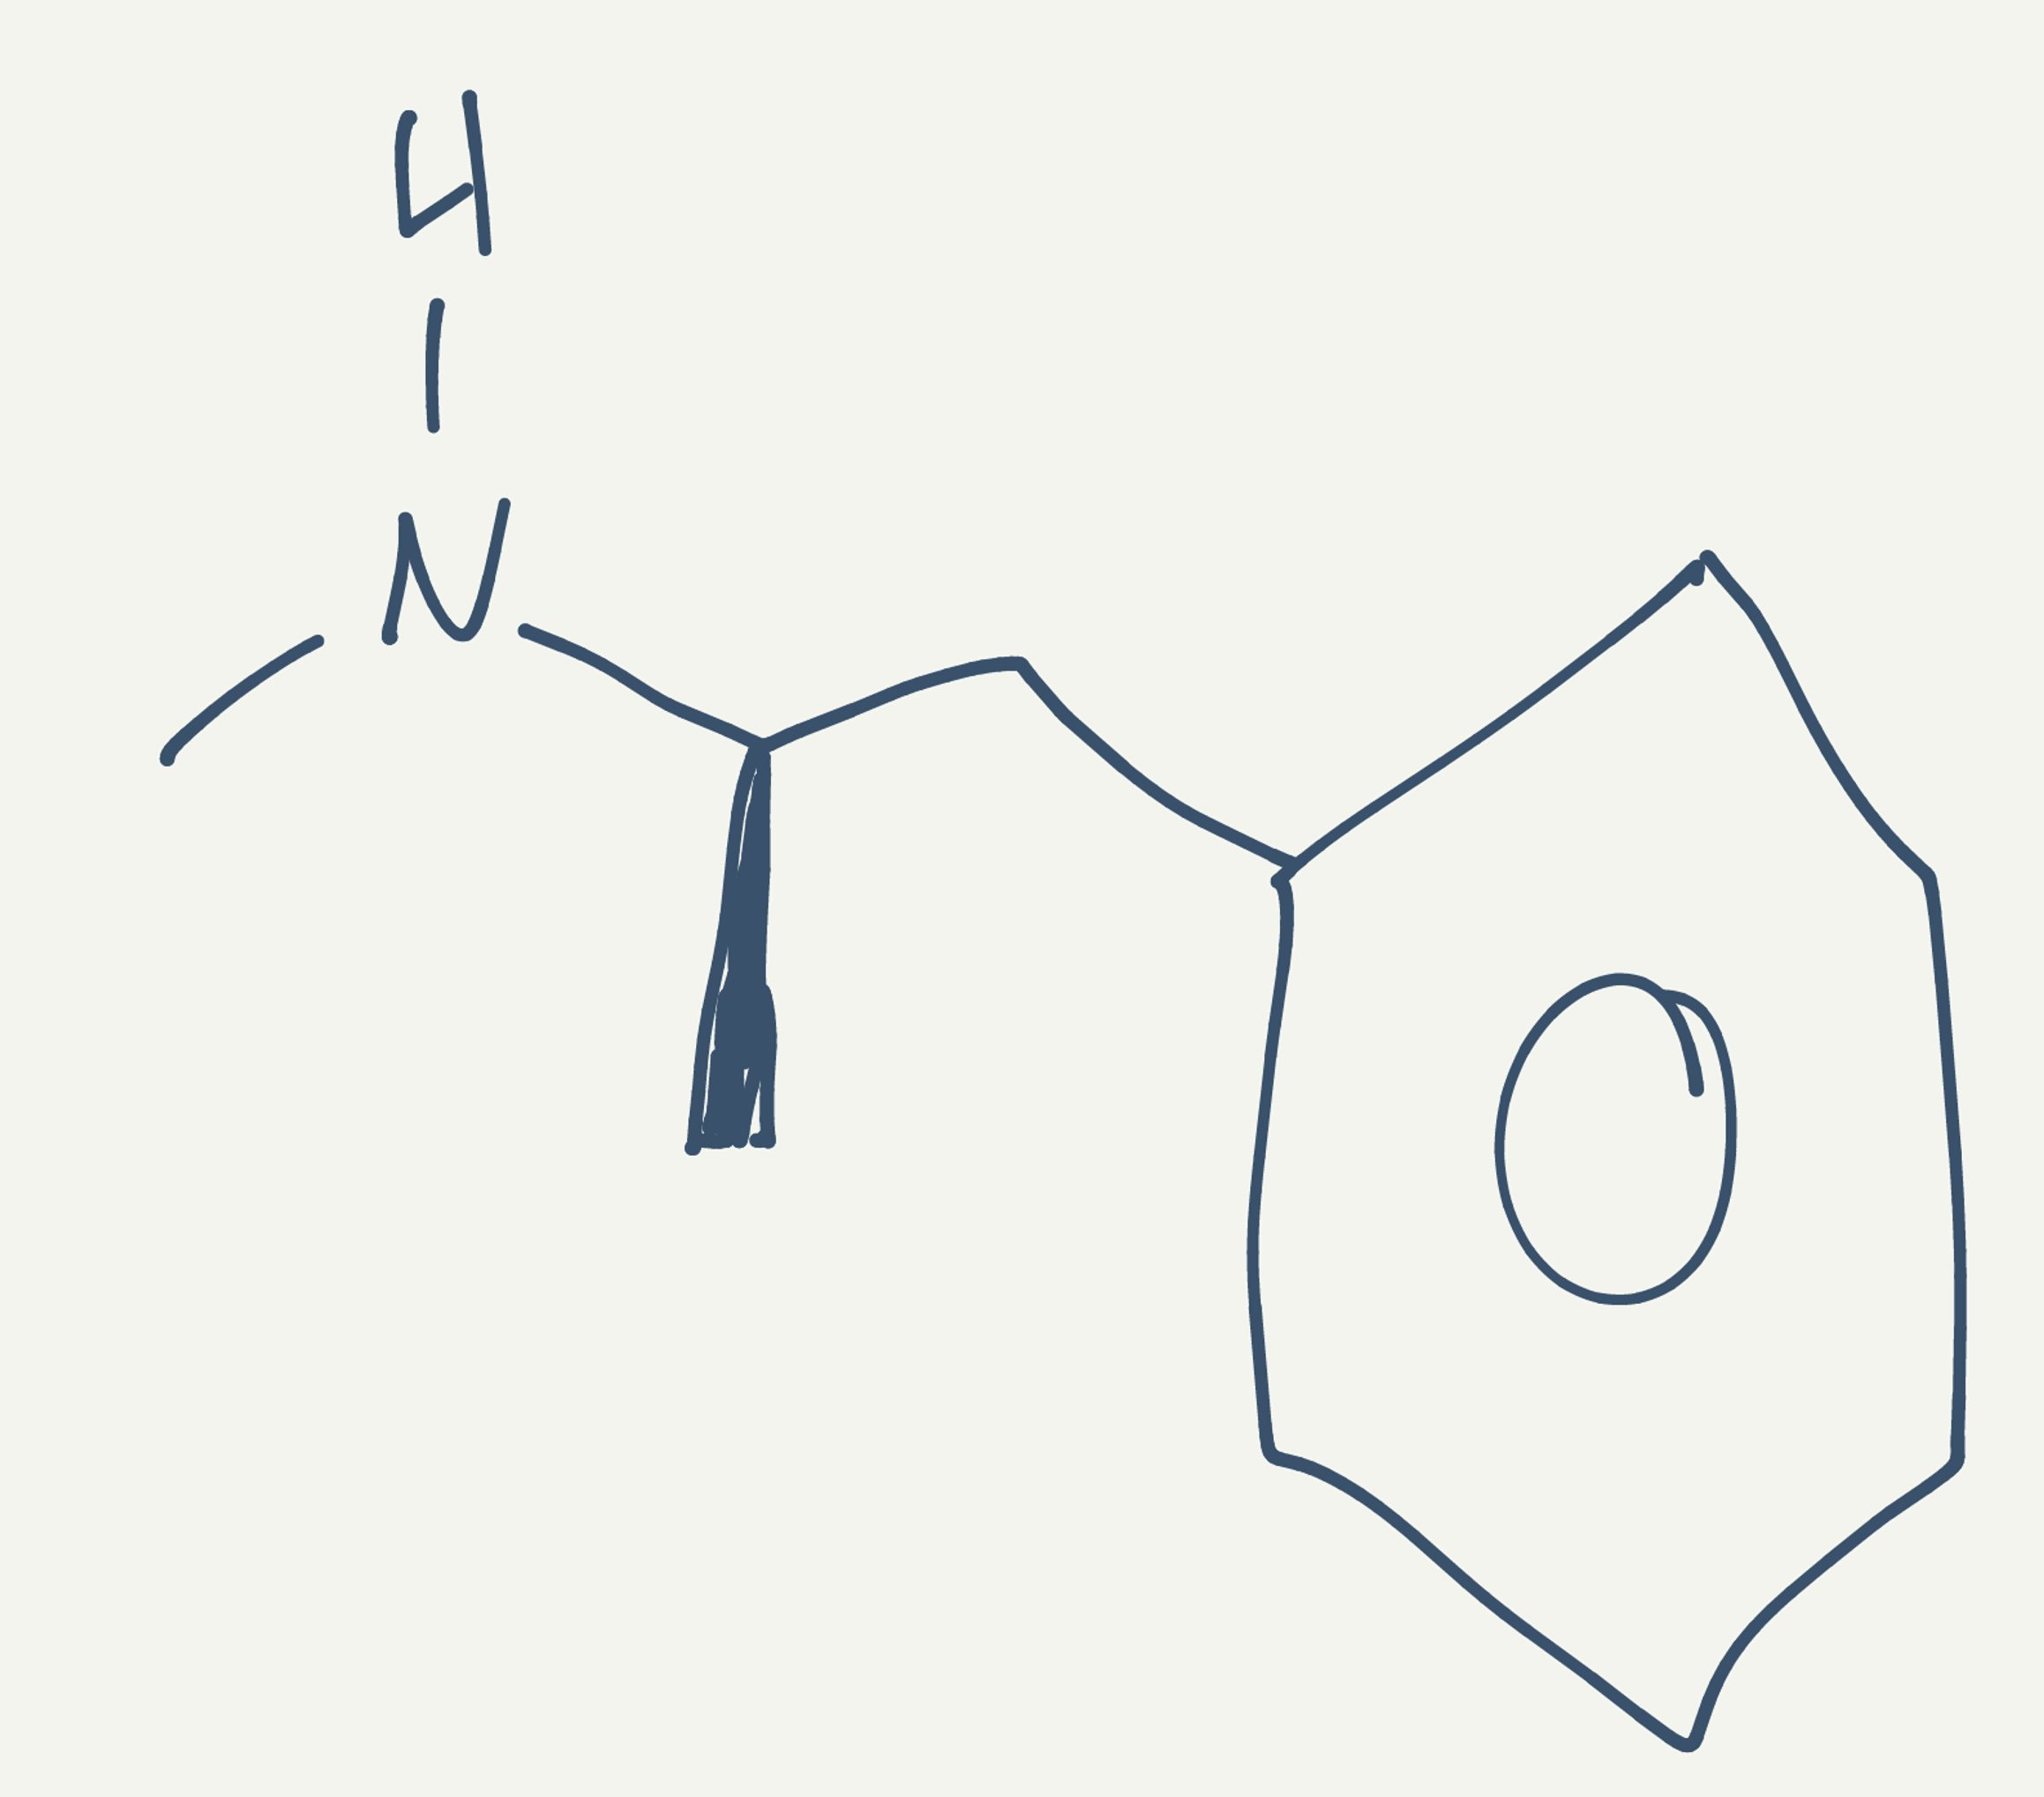
Simplified molecular-input line-entry system (SMILES) notation of the given molecule:
C[C@H](CC1=CC=CC=C1)NC